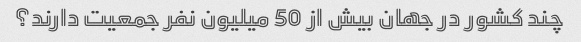
چند کشور در جهان بیش از 50 میلیون نفر جمعیت دارند؟